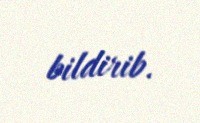
bildirib.